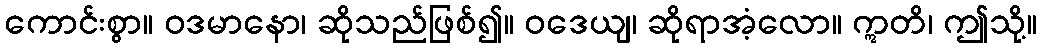
ကောင်းစွာ။ ဝဒမာနော၊ ဆိုသည်ဖြစ်၍။ ဝဒေယျ၊ ဆိုရာအံ့လော။ ဣတိ၊ ဤသို့။